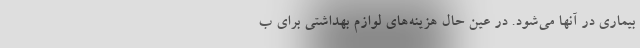
بیماری در آنها می‌شود. در عین‌ حال هزینه‌های لوازم بهداشتی برای ب